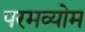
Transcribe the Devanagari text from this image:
परमव्योम